Scottish Leaving Certificate Examination, 1956
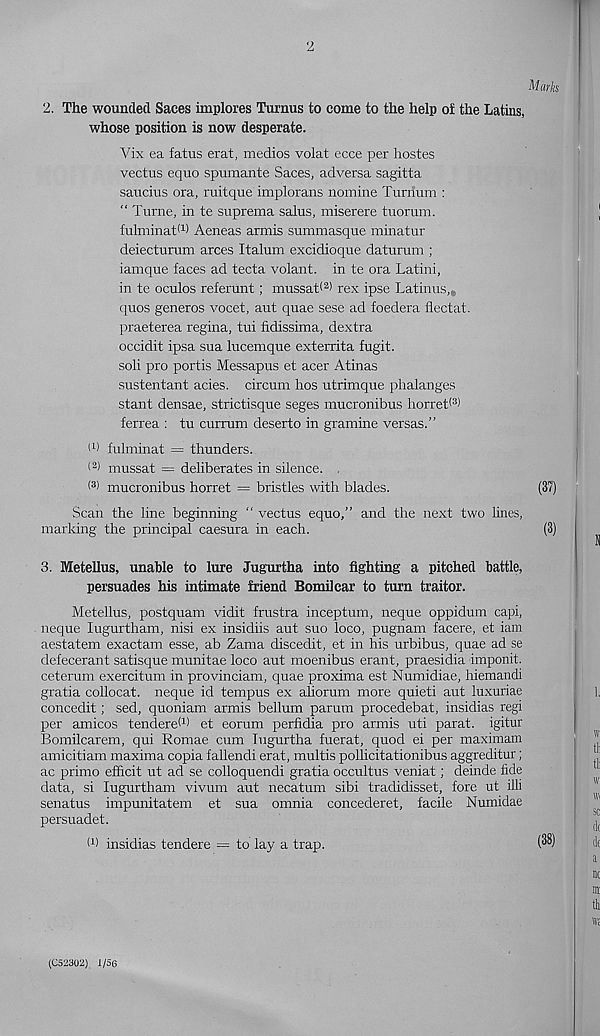
2
Marks
2. The wounded Saces implores Turnus to come to the help of the Latins,
whose position is now desperate.
Vix ea fatus erat, medios volat ecce per hostes
vectus equo spumante Saces, adversa sagitta
saticius ora, ruitque implorans nomine Turrium :
“ Turne, in te suprema sains, miserere tuorum.
fulminat (1 > Aeneas armis summasque minatur
deiecturum arces Italum excidioque daturum ;
iamque faces ad tecta volant, in te ora Latini,
in te oculos referunt; mussat* 2 ) rex ipse Latinus, e
quos generos vocet, ant quae sese ad foedera flectat.
praeterea regina, tui fidissima, dextra
occidit ipsa sua lucemque exterrita fugit.
soli pro portis Messapus et acer Atinas
sustentant acies. circum hos utrimque phalanges
stant densae, strictisque seges mucronibus horret®
ferrea : tu currum deserto in gramme versas.”
I 1 ) fulminat = thunders.
< 2 > mussat = deliberates in silence. .
( 3 > mucronibus horret = bristles with blades.
(37)
Scan the line beginning “ vectus equo,” and the next two lines,
marking the principal caesura in each.
(3)
3. Metellus, unable to lure Jugurtha into fighting a pitched battle,
persuades his intimate friend Bomilcar to turn traitor.
Metellus, postquam vidit frustra inceptum, neque oppidum capi,
neque lugurtham, nisi ex insidiis aut suo loco, pugnam facere, et iam
aestatem exactam esse, ab Zama discedit, et in his urbibus, quae ad se
defecerant satisque munitae loco aut moenibus erant, praesidia imponit.
ceterum exercitum in provinciam, quae proxima est Numidiae, hiemandi
gratia collocat. neque id tempus ex ahorum more quieti aut luxuriae
concedit; sed, quoniam armis bellum parum procedebat, insidias regi
per amicos tendered) et eorum perfidia pro armis uti parat. igitur
Bomilcarem, qui Romae cum Tugurtha fuerat, quod ei per maximam
amicitiam maxima copia fallendi erat, multis pollicitationibus aggreditur;
ac primo efficit ut ad se colloquendi gratia occultus veniat; deinde fide
data, si lugurtham vivum aut necatum sibi tradidisset, fore ut illi
senatus impunitatem et sua omnia concederet, facile Numidae
persuadet.
d) insidias tendere = to lay a trap.
(®9
(C52302) 1/56